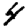
Digit: 4